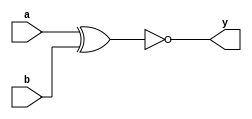
// Code your design here


// 1-bit XNOR gate
module xnor1(a, b, y);

  input a, b;
  output y;

  assign y = ~(a ^ b);	// xnor

endmodule